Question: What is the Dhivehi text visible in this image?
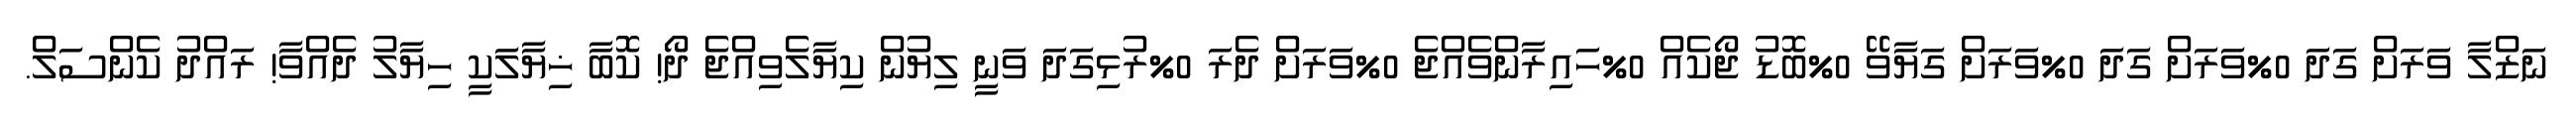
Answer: ނަޒްލާ ވަރަށް ގަދަ 0%ވަރަށް ގަދަ 0%ވަރަށް ގަޔާވޭ 0%ބޮޑު ޖޯކެއް 0%ހައިރާންވެއްޖެ 0%ވަރަށް ދެރަ 0%ރުޅިގަދަ ވަނީ ލިޔުން ކިޔާލެވިއްޖެ ދޯ! ކޮބާ ޚިޔާލަކީ ހިޔާލު ދެއްވާ! ރައްދު ކެންސަލް.